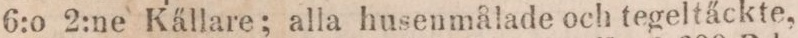
6:o 2:ne Källare; alla husenmålade och tegeltäckte,